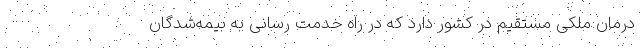
درمان ملکی مستقیم در کشور دارد که در راه خدمت رسانی به بیمه‌شدگان